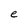
Character: e